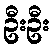
ဦးဦး